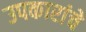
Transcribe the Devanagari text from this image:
उपकारांचे